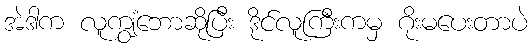
အဲဒါက လူကျွံဘောဆိုပြီး ဒိုင်လူကြီးကမှ ဂိုးမပေးတာပဲ